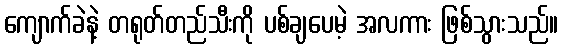
ကျောက်ခဲနဲ့ တရုတ်တည်သီးကို ပစ်ချပေမဲ့ အလကား ဖြစ်သွားသည်။